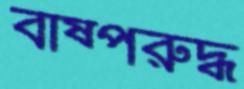
বাষ্পরুদ্ধ